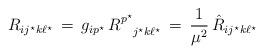
LaTeX: \begin{align*}R_{ij^\star k \ell^\star } \, = \, g_{ip^\star} \,R^{p^\star}_{\phantom{p^\star}j^\star k \ell^\star} \, =\, {1\over{\mu^2}} \,{\hat R}_{ij^\star k \ell^\star }\end{align*}